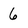
Character: 6